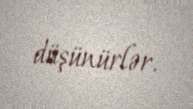
düşünürlər.